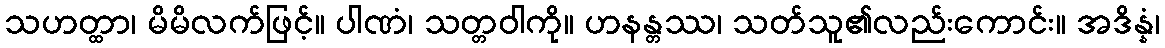
သဟတ္ထာ၊ မိမိလက်ဖြင့်။ ပါဏံ၊ သတ္တဝါကို။ ဟနန္တဿ၊ သတ်သူ၏လည်းကောင်း။ အဒိန္နံ၊